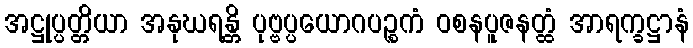
အဋ္ဌုပ္ပတ္တိယာ အနုဃရန္တိ ပုဗ္ဗပ္ပယောဂပဉ္စကံ ဝစနပူဇနတ္ထံ အာရက္ခဋ္ဌာနံ